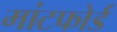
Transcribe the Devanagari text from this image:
मांटफोर्ड